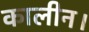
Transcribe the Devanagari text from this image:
कालीन।